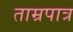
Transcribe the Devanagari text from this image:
ताम्रपात्र